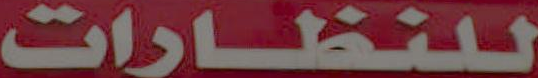
للنظارات